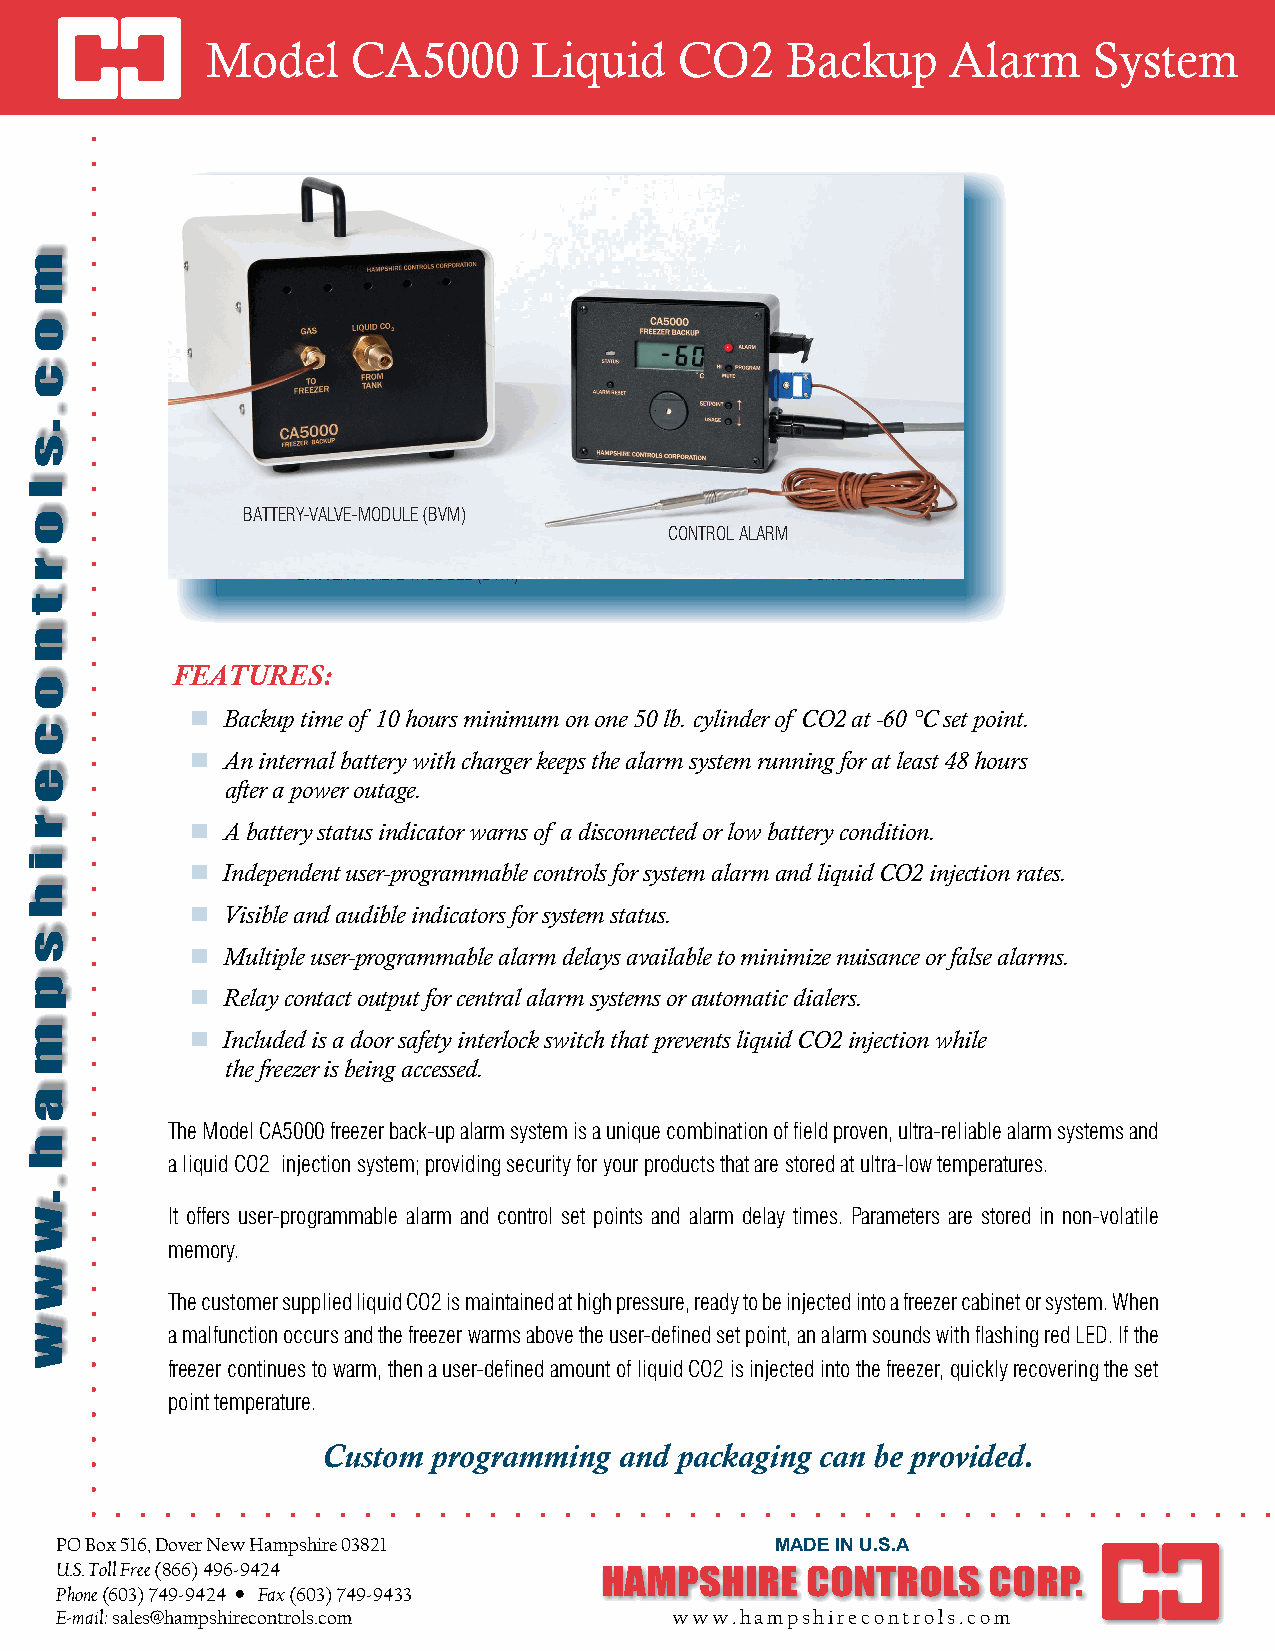
Model    CA5000      Liquid    CO2    Backup     Alarm    System
 BATTERY-VALVE-MODULE (BVM)
 CONTROL ALARM
 BATTERY-VALVE-MODULE (BVM)       CONTROL ALARM
 FEATURES:
  Backup time of 10 hours minimum on one 50 lb. cylinder of CO2 at -60 °C set point.
  An internal battery with charger keeps the alarm system running for at least 48 hours
 after a power outage.
  A battery status indicator warns of a disconnected or low battery condition.
  Independent user-programmable controls for system alarm and liquid CO2 injection rates.
  Visible and audible indicators for system status.
  Multiple user-programmable alarm delays available to minimize nuisance or false alarms.
  Relay contact output for central alarm systems or automatic dialers.
  Included is a door safety interlock switch that prevents liquid CO2 injection while
 the freezer is being accessed.
 The Model CA5000 freezer back-up alarm system is a unique combination of field proven, ultra-reliable alarm systems and
 a liquid CO2 injection system; providing security for your products that are stored at ultra-low temperatures.
 It offers user-programmable alarm and control set points and alarm delay times. Parameters are stored in non-volatile
 memory.
 The customer supplied liquid CO2 is maintained at high pressure, ready to be injected into a freezer cabinet or system. When
 a malfunction occurs and the freezer warms above the user-defined set point, an alarm sounds with flashing red LED. If the
 freezer continues to warm, then a user-defined amount of liquid CO2 is injected into the freezer, quickly recovering the set
 point temperature.
 Custom  programming and packaging can be provided.
 PO Box 516, Dover New Hampshire 03821          MMAADDEE IINN UU..SS..AA
 U.S. Toll Free (866) 496-9424
 HAMPSHIRE    CONTROLS    CORP.
 Phone (603) 749-9424 • Fax (603) 749-9433
 E-mail: sales@hampshirecontrols.com      www.hampshirecontrols.com
 m
 o
 c
 .s
 l
 o
 r
 t
 n
 o
 c
 e
 r
 i
 h
 s
 p
 m
 a
 h
 .w
 w
 w